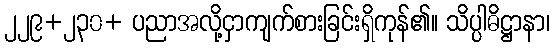
၂၂၉+၂၃၀+ ပညာအလို့ငှာကျက်စားခြင်းရှိကုန်၏။ သိပ္ပါဓိဋ္ဌာနာ၊